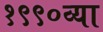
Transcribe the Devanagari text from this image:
१९९०व्या